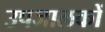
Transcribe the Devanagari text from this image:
उपजालकों